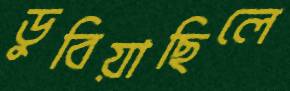
ডুবিয়াছিলে